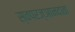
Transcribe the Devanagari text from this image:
स्वपरज्ञानदाता